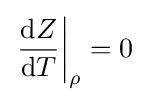
\left.{\frac {\mathrm {d} Z}{\mathrm {d} T}}\right|_{\rho }=0